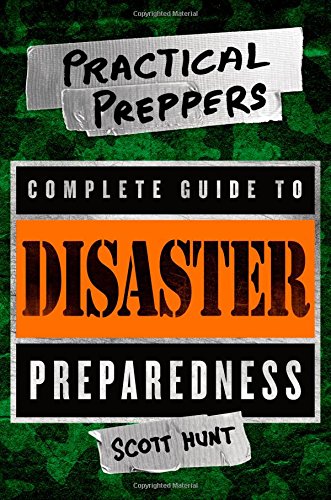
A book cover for The Practical Preppers Complete Guide to Disaster Preparedness; Scott Hunt; Science & Math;